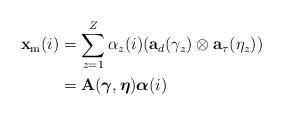
LaTeX: \begin{align*}\mathbf{x}_{\mathrm{m}}(i) &= \sum_{z=1}^{Z}\alpha_z(i)(\mathbf{a}_d(\gamma_z)\otimes \mathbf{a}_{\tau}(\eta_z))\\&=\mathbf{A}(\boldsymbol{\gamma},\boldsymbol{\eta})\boldsymbol{\alpha}(i)\end{align*}